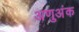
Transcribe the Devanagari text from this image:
अणुअंक